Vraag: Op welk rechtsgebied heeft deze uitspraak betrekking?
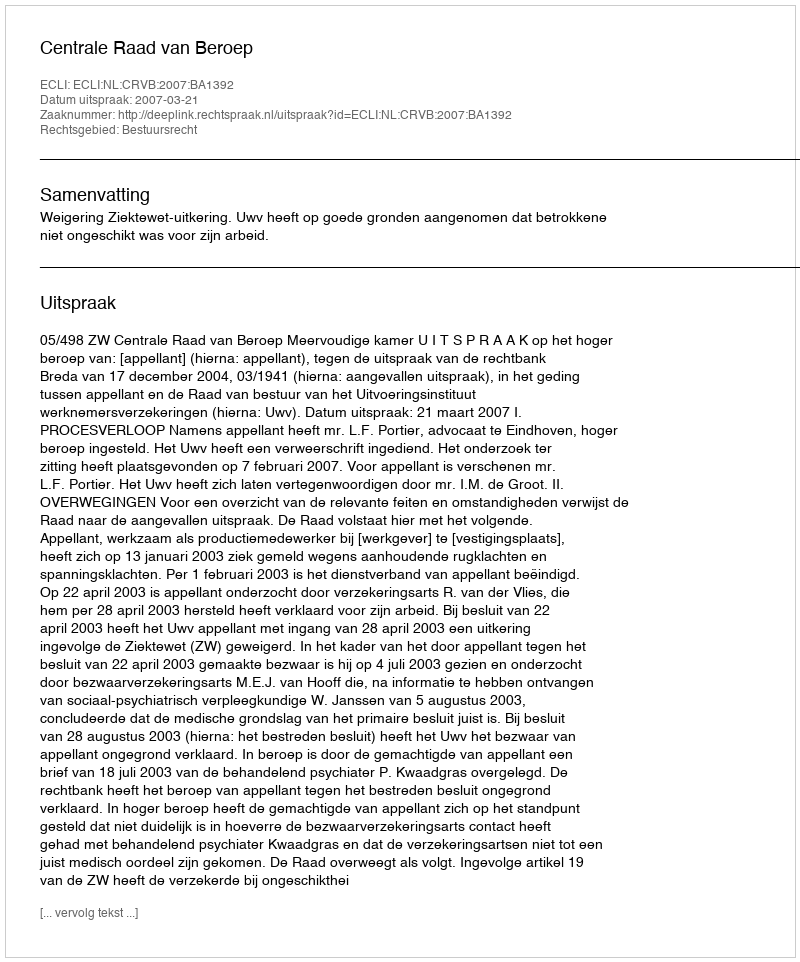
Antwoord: Bestuursrecht